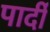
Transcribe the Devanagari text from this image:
पार्दी